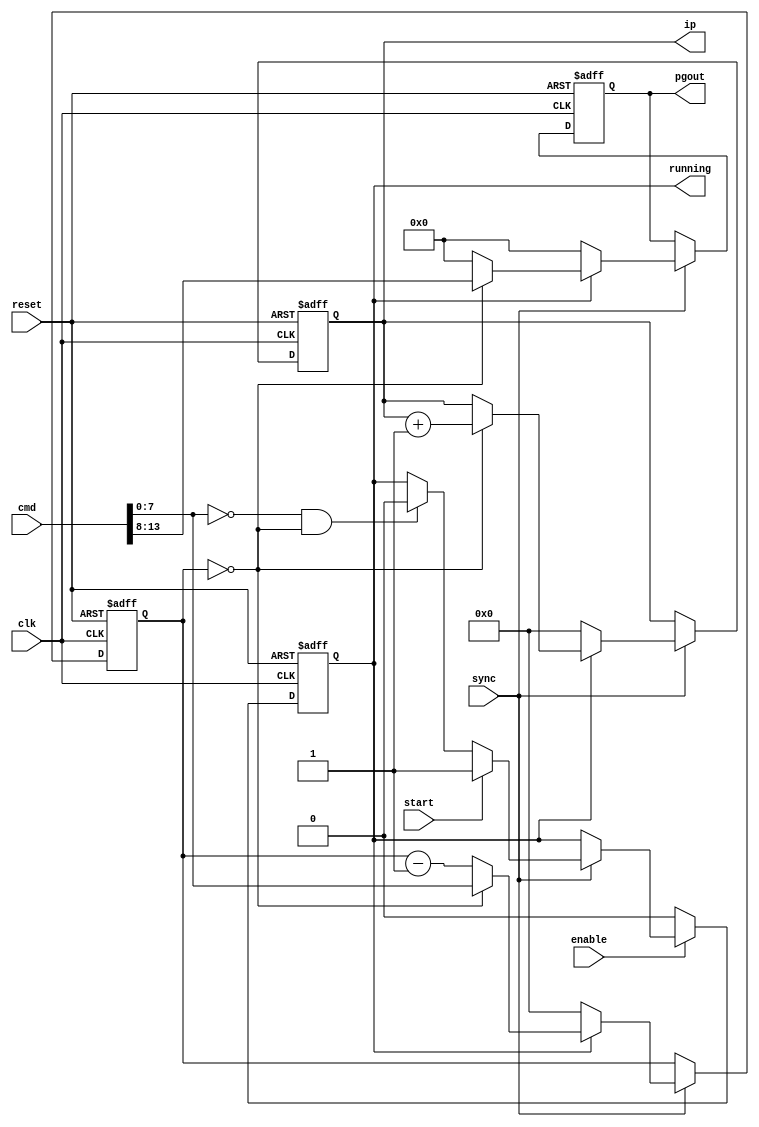
module pg_sequencer
(
  input clk,
  input sync,
  input reset,

	input enable,
  input start,
  output reg running,
  output reg [5:0]pgout,

  output reg [7:0]ip,  // command index pointer
  input [15:0]cmd
);

  /* command word structure
  
    15 14 13 12 11 10  9  8  7  6  5  4  3  2  1  0
   +--+--+--+--+--+--+--+--+--+--+--+--+--+--+--+--+
   |     |      pgout      |        delay          |
   +--+--+--+--+--+--+--+--+--+--+--+--+--+--+--+--+

  */
  wire [5:0]cmd_sig = cmd[13:8];
  wire [7:0]cmd_del = cmd[7:0];
  wire stop = cmd_del == 0;   // stop command

  reg [7:0]delay;   // delay counter
  wire next = delay == 0;
 
   
  // start/stop 
  always @(posedge clk or posedge reset)
  begin
    if (reset) running <= 0;
    else if (enable)
    begin
    	if (sync)
    	begin
    	  if (start)             running <= 1;
    	  else if (stop && next) running <= 0;
    	end
    end
    else running <= 0;
  end

  // set index pointer
  always @(posedge clk or posedge reset)
  begin
    if (reset) ip <= 0;
    else if (sync)
    begin
      if (!running)  ip <= 0;
      else if (next) ip <= ip + 8'd1;
    end
  end
 
  // command execution
  always @(posedge clk or posedge reset)
  begin
    if (reset)
    begin
      delay <= 0;
      pgout <= 0;
    end
    else if (sync)
    begin
      if (!running)
      begin
        delay <= 0;
        pgout <= 0;
      end
      else if (next)
      begin
        delay <= cmd_del;
        pgout <= cmd_sig;
      end
      else
      begin
        delay <= delay - 8'd1;
        pgout <= 5'b00000;
      end
    end
  end

endmodule